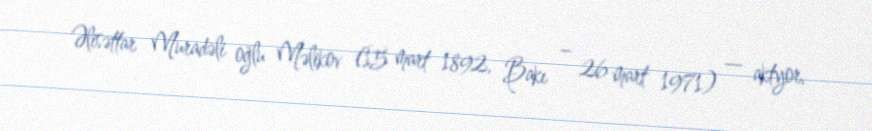
Əlisəttar Muradəli oğlu Məlikov (15 mart 1892, Bakı – 26 mart 1971) — aktyor,